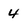
Character: 4